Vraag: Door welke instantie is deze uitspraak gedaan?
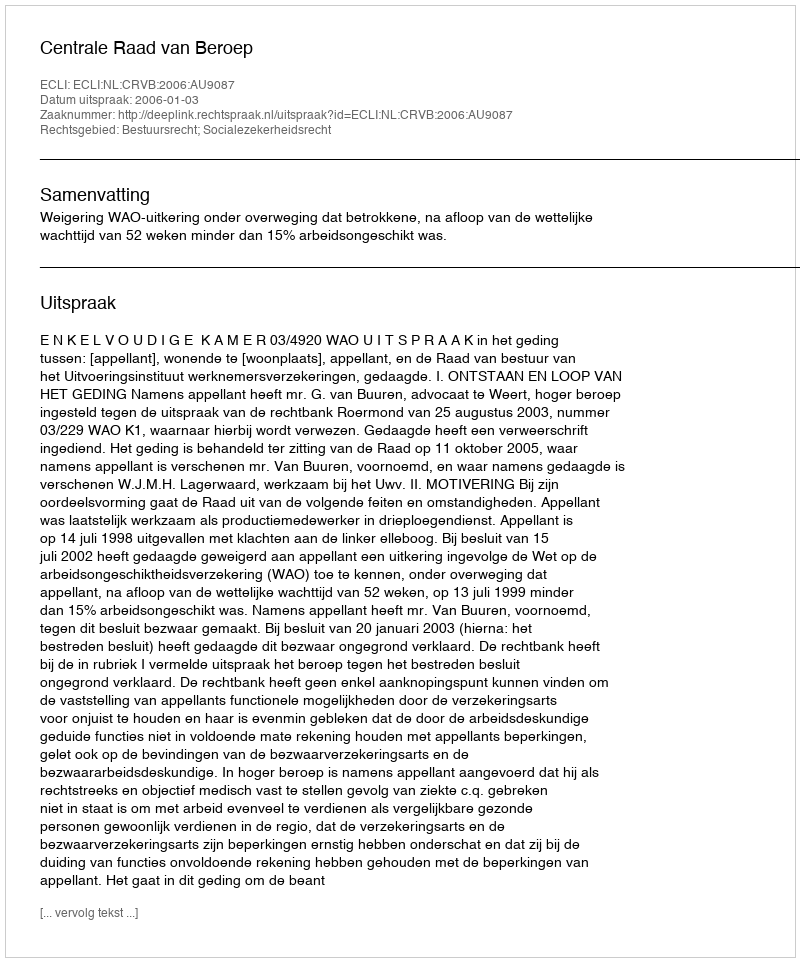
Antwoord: Centrale Raad van Beroep